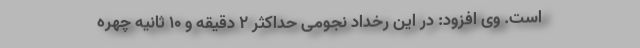
است. وی افزود: در این رخداد نجومی حداکثر ۲ دقیقه و ۱۰ ثانیه چهره